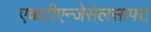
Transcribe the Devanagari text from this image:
एकटीएन्जेसेलसाफ्ट